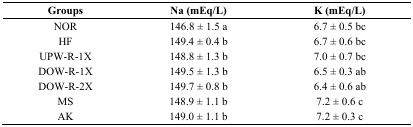
<table><thead><tr><td><b>Groups</b></td><td><b>Na (mEq/L)</b></td><td><b>K (mEq/L)</b></td></tr></thead><tbody><tr><td>NOR</td><td>146.8 ± 1.5 a</td><td>6.7 ± 0.5 bc</td></tr><tr><td>HF</td><td>149.4 ± 0.4 b</td><td>6.7 ± 0.6 bc</td></tr><tr><td>UPW-R-1X</td><td>148.8 ± 1.3 b</td><td>7.0 ± 0.7 bc</td></tr><tr><td>DOW-R-1X</td><td>149.5 ± 1.3 b</td><td>6.5 ± 0.3 ab</td></tr><tr><td>DOW-R-2X</td><td>149.7 ± 0.8 b</td><td>6.4 ± 0.6 ab</td></tr><tr><td>MS</td><td>148.9 ± 1.1 b</td><td>7.2 ± 0.6 c</td></tr><tr><td>AK</td><td>149.0 ± 1.1 b</td><td>7.2 ± 0.3 c</td></tr></tbody></table>